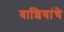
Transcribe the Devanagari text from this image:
वाशियांचे